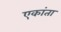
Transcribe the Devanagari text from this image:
एकांता